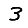
Digit: 3